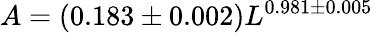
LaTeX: A=(0.183\pm 0.002)L^{0.981\pm 0.005}